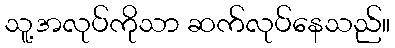
သူ့အလုပ်ကိုသာ ဆက်လုပ်နေသည်။